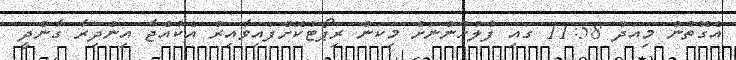
އެގޮތުން މިއަދު 11:58 ގައި ފުލުހުންނަށް މިކަން ރިޕޯޓުކޮށްފައިވާއިރު އެކުއްޖާ އިންދިރާ ގާންދީ